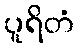
ပူရိတံ